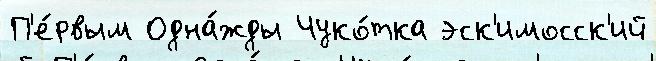
П'е́рвым Одна́жды Чуко́тка эск'имосск'ий